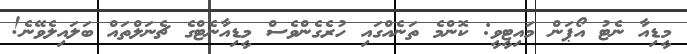
މީޑިއާ ނެޓު އޯޕަން މައިޓީވީ: ކޮންމެ ތަނެއްގައި ހުރެގެންވެސް މީޑިއާނެޓްގެ ޗެނަލްތައް ބަލައިލެވޭނެ!